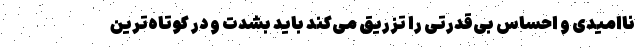
ناامیدی و احساس بی‌قدرتی را تزریق می‌کند باید بشدت و در کوتاه‌ترین